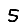
Digit: 5